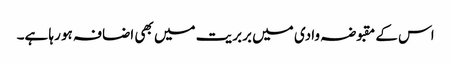
اس کے مقبوضہ وادی میں بربریت میں بھی اضافہ ہو رہا ہے۔